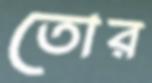
তোর